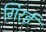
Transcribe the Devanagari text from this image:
गिरई